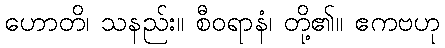
ဟောတိ၊ သနည်း။ စီဝရာနံ၊ တို့၏။ ဧကဗဟု